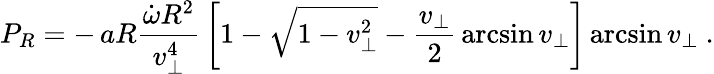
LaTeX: P_{R}=-\, aR{\frac{\dot{\omega}R^{2}}{v_{\perp}^{4}}}\left[1-\sqrt{1-v_{\perp}^{2}}-{\frac{v_{\perp}}{2}}\arcsin v_{\perp}\right]\arcsin v_{\perp}\ .